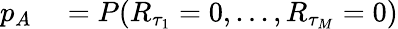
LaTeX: \begin{array}{rl}{p_{A}}&{{}=P(R_{\tau_{1}}=0,...,R_{\tau_{M}}=0)}\end{array}